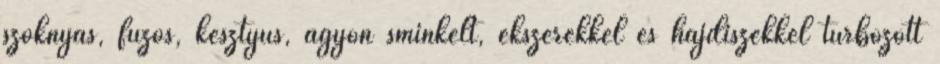
szoknyás, fűzős, kesztyűs, agyon sminkelt, ékszerekkel és hajdíszekkel turbózott